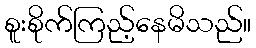
စူးစိုက်ကြည့်နေမိသည်။